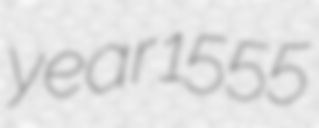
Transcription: year 1555